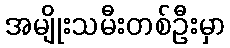
အမျိုးသမီးတစ်ဦးမှာ